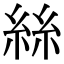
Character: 絲